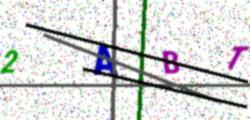
Text: 2ABT